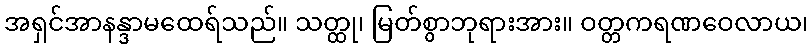
အရှင်အာနန္ဒာမထေရ်သည်။ သတ္ထု၊ မြတ်စွာဘုရားအား။ ဝတ္တကရဏဝေလာယ၊